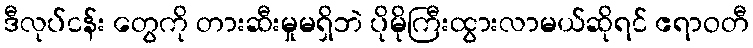
ဒီလုပ်ငန်း တွေကို တားဆီးမှုမရှိဘဲ ပိုမိုကြီးထွားလာမယ်ဆိုရင် ဧရာဝတီ